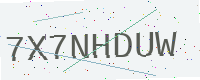
Text: 7X7NHDUW